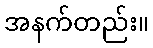
အနက်တည်း။